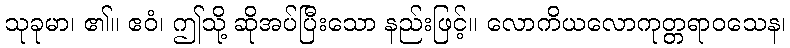
သုခုမာ၊ ၏။ ဧဝံ၊ ဤသို့ ဆိုအပ်ပြီးသော နည်းဖြင့်။ လောကိယလောကုတ္တရာဝသေန၊